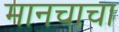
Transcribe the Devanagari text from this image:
मानचाचा